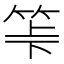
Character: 𥬷